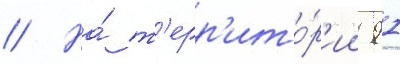
// На́ т'ерр'ито́р'ии 91